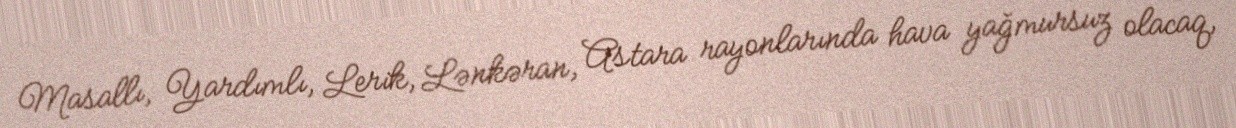
Masallı, Yardımlı, Lerik, Lənkəran, Astara rayonlarında hava yağmursuz olacaq,